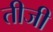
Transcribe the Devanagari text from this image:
तीजी